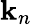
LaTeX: \mathbf{k}_{n}